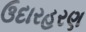
ઉદારહરણ